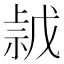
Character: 𢧡